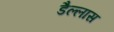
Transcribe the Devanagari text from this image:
डैल्लास